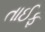
તાઈફ